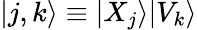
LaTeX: |j,k\rangle\equiv|X_{j}\rangle|V_{k}\rangle